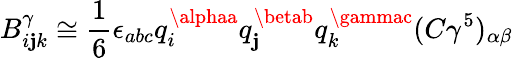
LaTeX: B_{i\mathbf{j}k}^{\gamma}\cong\frac{{1}}{{6}}\epsilon_{abc}q_{i}^{\alphaa}q_{\mathbf{j}}^{\betab}q_{k}^{\gammac}(C\gamma^{5})_{\alpha\beta}